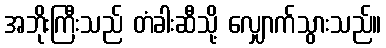
အဘိုးကြီးသည် တံခါးဆီသို့ လျှောက်သွားသည်။